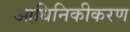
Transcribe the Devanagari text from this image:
आधिनिकीकरण